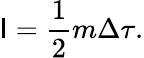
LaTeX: \mathsf{I}={\frac{{1}}{{2}}}m\Delta\tau.